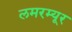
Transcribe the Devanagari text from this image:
लमरम्यूर